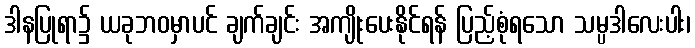
ဒါနပြုရာ၌ ယခုဘဝမှာပင် ချက်ချင်း အကျိုးပေးနိုင်ရန် ပြည့်စုံရသော သမ္ပဒါလေးပါး၊